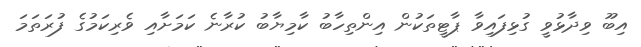
އިބޫ ވިދާޅުވީ ގުޅިފައިވާ ޕާޓީތަކުން އިންތިހާބު ކާމިޔާބު ކުރާނެ ކަމަށާއި ވެރިކަމުގެ ފުރަތަމަ